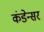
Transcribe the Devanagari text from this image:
कंडेन्सर